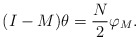
\begin{align*}(I-M)\theta=\frac{N}{2}\varphi_M.\end{align*}